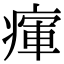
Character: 瘒